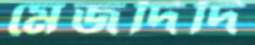
মেজদিদি